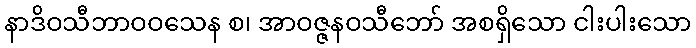
နာဒိဝသီဘာဝဝသေန စ၊ အာဝဇ္ဇနဝသီဘော် အစရှိသော ငါးပါးသော